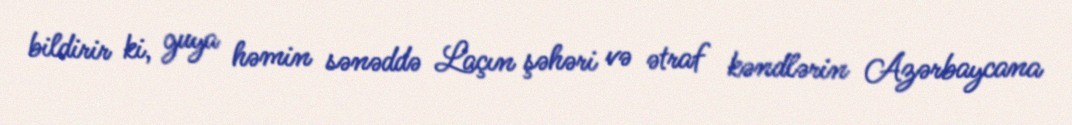
bildirir ki, guya həmin sənəddə Laçın şəhəri və ətraf kəndlərin Azərbaycana